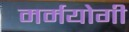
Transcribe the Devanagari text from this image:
मर्मयोगी